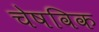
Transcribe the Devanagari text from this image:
चेषविक